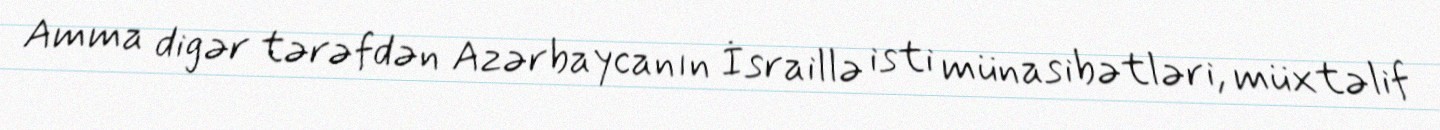
Amma digər tərəfdən Azərbaycanın İsraillə isti münasibətləri, müxtəlif